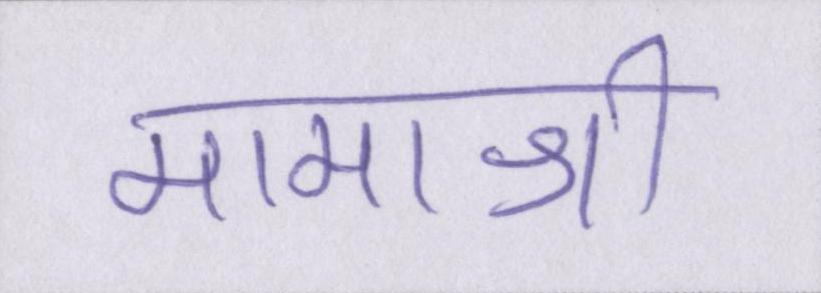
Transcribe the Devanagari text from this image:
मामाश्री